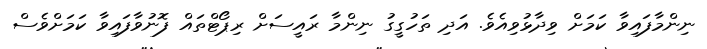
ނިންމާފައިވާ ކަމަށް ވިދާޅުވިއެވެ. އަދި ތަހުގީގު ނިންމާ ރައީސަށް ރިޕޯޓްތައް ފޮނުވާފައިވާ ކަމަށްވެސް